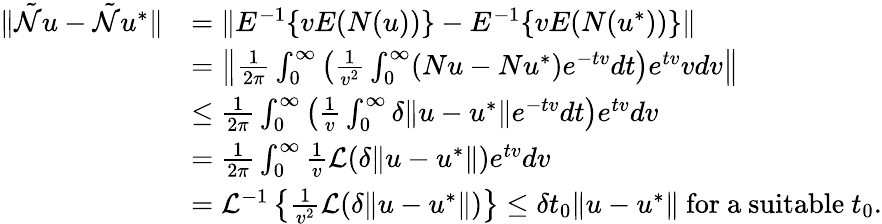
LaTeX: \begin{array}{rl}{\| \tilde{\mathcal{N}}u-\tilde{\mathcal{N}}u^{*}\| }&{=\| E^{-1}\{ vE(N(u))\} -E^{-1}\{ vE(N(u^{*}))\} \| }\\ &{=\left\| \frac{1}{2\pi}\int_{0}^{\infty}\left(\frac{1}{v^{2}}\int_{0}^{\infty}(Nu-Nu^{*})e^{-tv}dt\right)e^{tv}vdv\right\| }\\ &{\leq\frac{1}{2\pi}\int_{0}^{\infty}\left(\frac{1}{v}\int_{0}^{\infty}\delta\| u-u^{*}\| e^{-tv}dt\right)e^{tv}dv}\\ &{=\frac{1}{2\pi}\int_{0}^{\infty}\frac{1}{v}\mathcal{L}(\delta\| u-u^{*}\| )e^{tv}dv}\\ &{=\mathcal{L}^{-1}\left\{ \frac{1}{v^{2}}\mathcal{L}(\delta\| u-u^{*}\| )\right\} \leq\delta t_{0}\| u-u^{*}\| \mathrm{~for~a~suitable~}t_{0}.}\end{array}